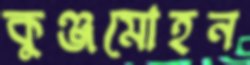
কুঞ্জমোহন